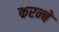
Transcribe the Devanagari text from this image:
करन्बे